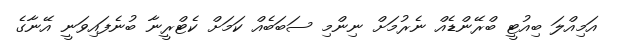
އަމިއްލަ ބިއުޓީ ބްރޭންޑެއް ނެރުމަށް ނިންމި ސަބަބެއް ކަމަށް ކެޓްރީނާ ބުނެފައިވަނީ އޭނާގެ